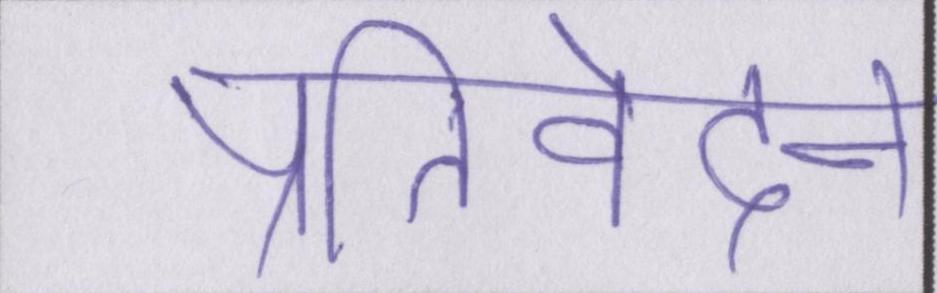
प्रतिवेदन